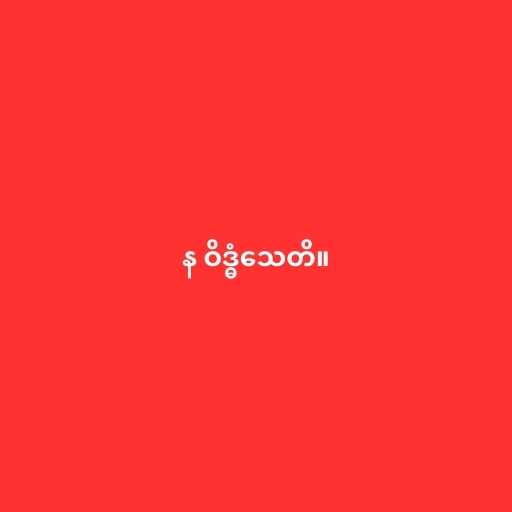
န ဝိဒ္ဓံသေတိ။